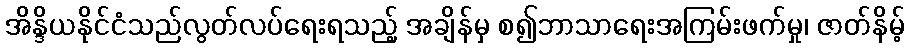
အိန္ဒိယနိုင်ငံသည်လွတ်လပ်ရေးရသည့် အချိန်မှ စ၍ဘာသာရေးအကြမ်းဖက်မှု၊ ဇာတ်နိမ့်